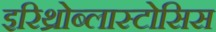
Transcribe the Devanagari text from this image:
इरिथ्रोब्लास्टोसिस